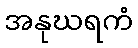
အနုဃရကံ